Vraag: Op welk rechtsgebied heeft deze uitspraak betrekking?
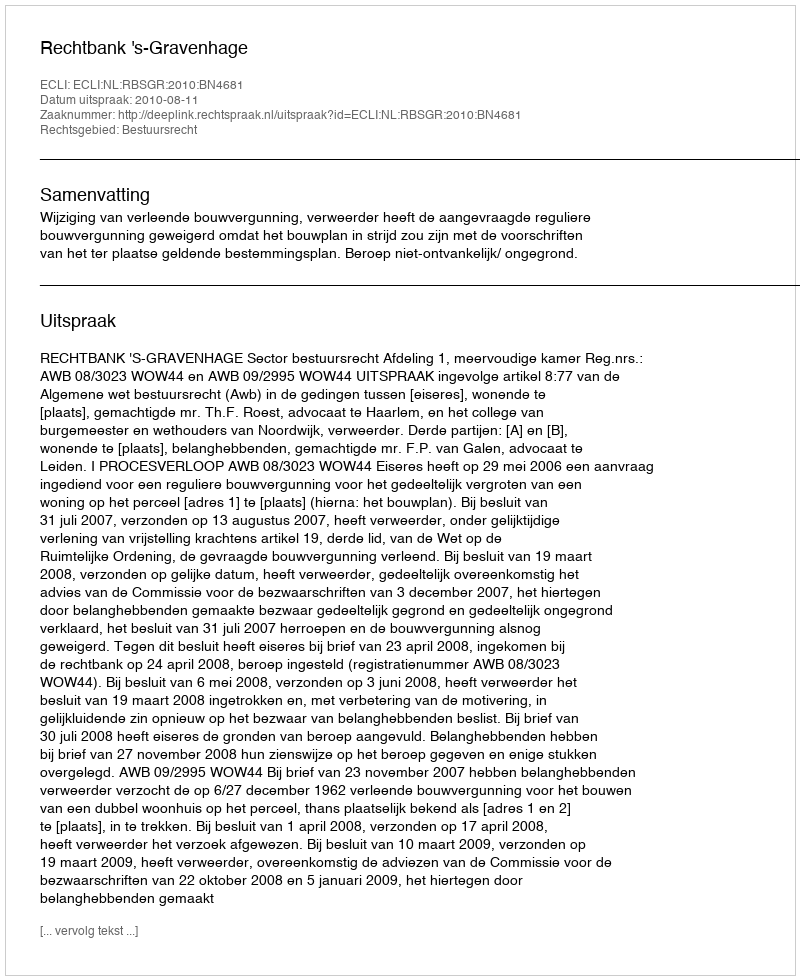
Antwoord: Bestuursrecht